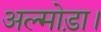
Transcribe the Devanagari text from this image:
अल्मोड़ा।